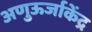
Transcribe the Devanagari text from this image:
अणुऊर्जाकेंद्र